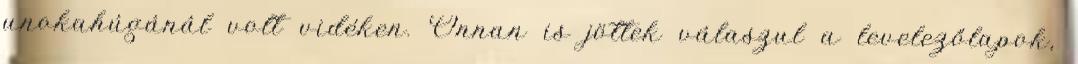
unokahúgánál volt vidéken. Onnan is jöttek válaszul a levelezőlapok,